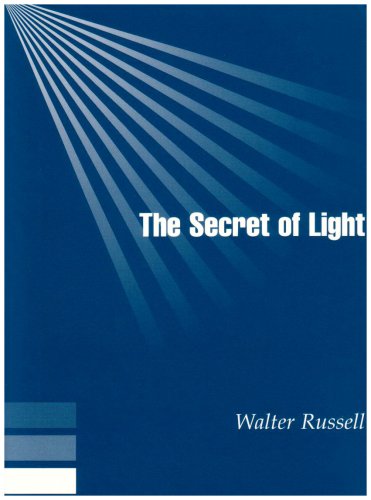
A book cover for The Secret of Light; Walter Russell; Science & Math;